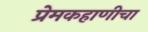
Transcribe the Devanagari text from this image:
प्रेमकहाणीचा